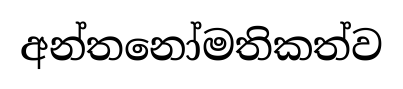
අන්තනෝමතිකත්ව